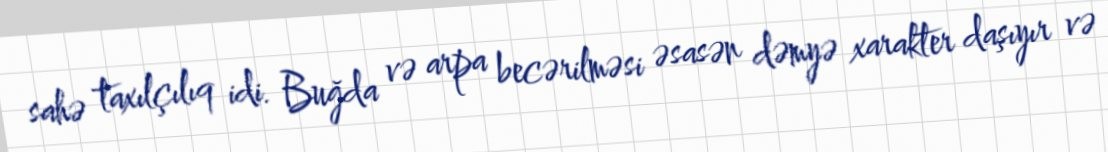
sahə taxılçılıq idi. Buğda və arpa becərilməsi əsasən dəmyə xarakter daşıyır və